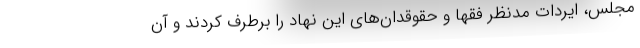
مجلس، ایردات مدنظر فقها و حقوقدان‌های این نهاد را برطرف کردند و آن